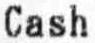
CASH